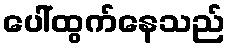
ပေါ်ထွက်နေသည်